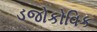
ડજોકોવિક